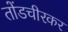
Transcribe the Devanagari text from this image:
तोंडचीरकर